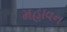
મહાવન